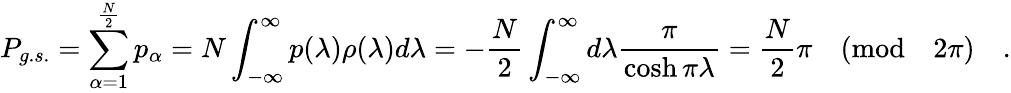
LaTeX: P_{g.s.}=\sum_{\alpha=1}^{\frac{N}{2}}p_{\alpha}=N\int_{-\infty}^{\infty}p(\lambda)\rho(\lambda)d\lambda=-\frac{N}{2}\int_{-\infty}^{\infty}d\lambda\frac{\pi}{\cosh\pi\lambda}=\frac{N}{2}\pi\quad(\mathrm{mod}\quad 2\pi)\quad.